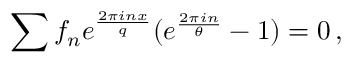
\sum f _ { n } e ^ { \frac { 2 \pi i n x } { q } } ( e ^ { \frac { 2 \pi i n } { \theta } } - 1 ) = 0 \, ,